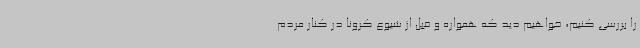
را بررسی کنیم، خواهیم دید که همواره و قبل از شیوع کرونا در کنار مردم